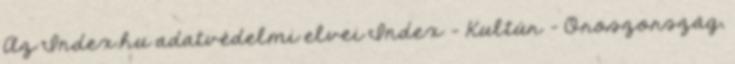
Az Index.hu adatvédelmi elvei Index - Kultúr - Oroszország,